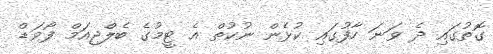
ގޮތުގައި ދެ ވަނަ ހާފުގައި ކުޅެން ނުކުތް އެ ޓީމުގެ ބެލްޖިއަމް ފޯވަޑް